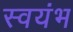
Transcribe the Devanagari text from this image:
स्वयंभ